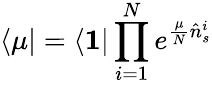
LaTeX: \langle\mu|=\langle\mathbf{1}|\prod_{i=1}^{N}e^{\frac{\mu}{N}\hat{n}_{s}^{i}}